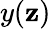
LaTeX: y(\mathbf{z})